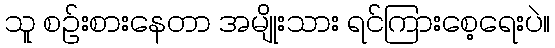
သူ စဉ်းစားနေတာ အမျိုးသား ရင်ကြားစေ့ရေးပဲ။